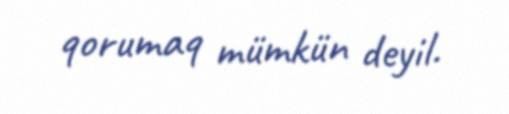
qorumaq mümkün deyil.